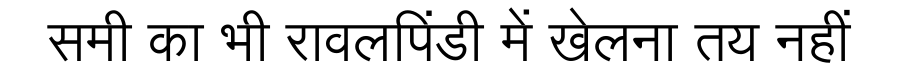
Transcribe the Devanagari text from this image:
समी का भी रावलपिंडी में खेलना तय नहीं